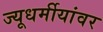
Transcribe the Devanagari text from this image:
ज्यूधर्मीयांवर